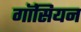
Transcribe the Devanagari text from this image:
गॉसियन